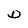
Character: D